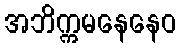
အဘိက္ကမနေနေဝ